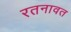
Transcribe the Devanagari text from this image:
रतनावत